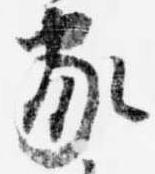
家